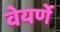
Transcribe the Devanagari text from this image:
वेयर्णे